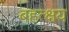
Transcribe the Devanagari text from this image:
बहत्क्षय